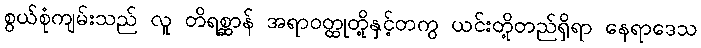
စွယ်စုံကျမ်းသည် လူ တိရစ္ဆာန် အရာဝတ္ထုတို့နှင့်တကွ ယင်းတို့တည်ရှိရာ နေရာဒေသ